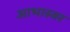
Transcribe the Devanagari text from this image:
आभास्वर